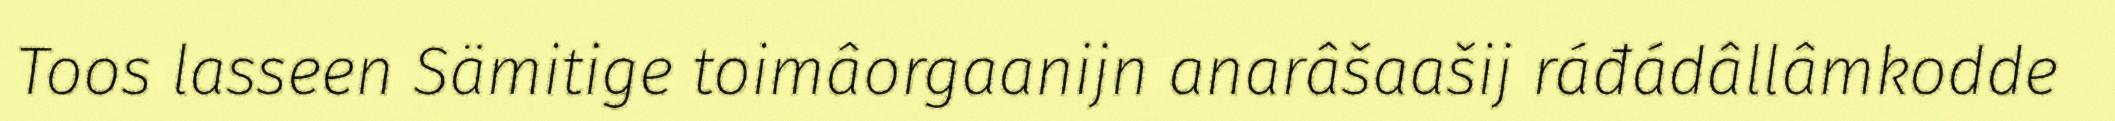
Toos lasseen Sämitige toimâorgaanijn anarâšaašij ráđádâllâmkodde